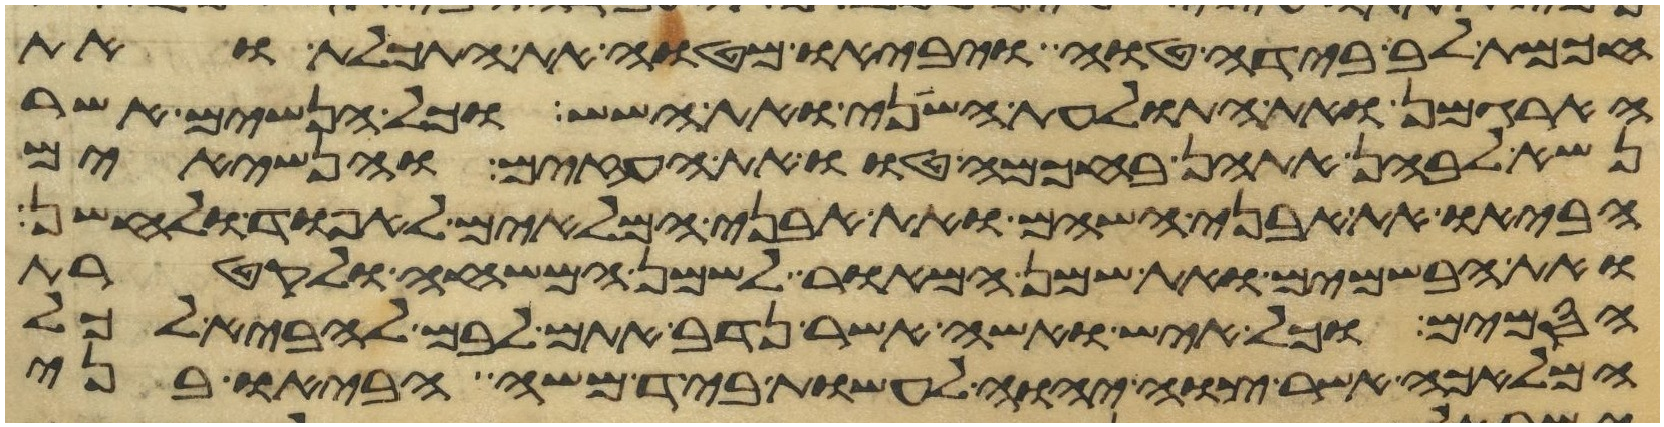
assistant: חכמת לב בידה טוה ויביאו מטוה את התכלת ואת
הארגמן ואת התולעת השני ואת השש וכל הנשים אשר
נשא לבהן אתהן בחכמה טוו את העזים והנשיאים
הביאו את אבני השהם ואת אבני המלאים לאפוד ולחשן
ואת הבשמים ואת שמן המאור לשמן המשחה ולקטרת
הסמים וכל איש ואשה אשר נדב אתם לבם להביא לכל
המלאכה אשר צוה יהוה לעשות ביד משה הביאו בני